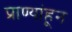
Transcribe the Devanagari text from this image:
प्राण्यांहून